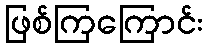
ဖြစ်ကြကြောင်း